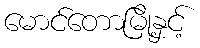
မောင်တောမြို့နှင့်